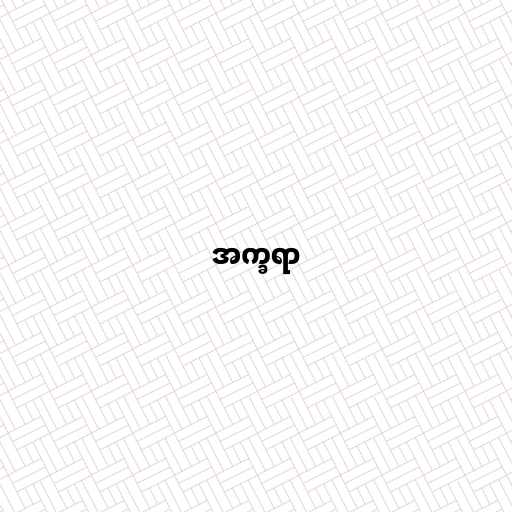
အက္ခရာ